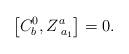
LaTeX: \begin{align*}\left[ C_b^0,Z_{\;a_1}^a\right] =0.\end{align*}